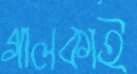
গালকাই